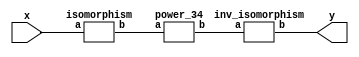
`timescale 1ns/100ps
module SMSS32_34_nn_17_2(x,y);
	 input [5:0] x;
	 output [5:0] y;
	 wire [5:0] w;
	 wire [5:0] p;
	 isomorphism C2 (x,w);
	 power_34 C3 (w,p);
	 inv_isomorphism C4 (p,y);
endmodule

module add_base(a,b,c);
	 input [2:0] a;
	 input [2:0] b;
	 output [2:0] c;
	 assign c[0]=a[0]^b[0];
	 assign c[1]=a[1]^b[1];
	 assign c[2]=a[2]^b[2];
endmodule

module six_base(a,b);
	 input [2:0] a;
	 output [2:0] b;
	 assign b[0]=a[0]^a[2]^(a[1]&a[2]);
	 assign b[1]=a[0]^a[1]^(a[0]&a[2]);
	 assign b[2]=a[1]^a[2]^(a[0]&a[1]);
endmodule

module power_34(a,b);
	 input [5:0] a;
	 output [5:0] b;
	 wire [2:0] x_0;
	 wire [2:0] x_1;
	 wire [2:0] x_2;
	 wire [2:0] x_3;
	 wire [2:0] x_4;
	 wire [2:0] x_5;
	 wire [2:0] y_0;
	 wire [2:0] y_1;
	 assign x_0[0]=a[0];
	 assign x_0[1]=a[1];
	 assign x_0[2]=a[2];
	 assign x_1[0]=a[3];
	 assign x_1[1]=a[4];
	 assign x_1[2]=a[5];
	 add_base A1 (x_0,x_1,x_2);
	 six_base A2 (x_2,x_3);
	 six_base  A3 (x_0,x_4);
	 six_base A4 (x_1,x_5);
	 add_base A5 (x_5,x_3,y_0);
	 add_base A6 (x_4,x_3,y_1);
	 assign b[0]=y_0[0];
	 assign b[1]=y_0[1];
	 assign b[2]=y_0[2];
	 assign b[3]=y_1[0];
	 assign b[4]=y_1[1];
	 assign b[5]=y_1[2];
endmodule

module inv_isomorphism(a,b);
	 input [5:0] a;
	 output [5:0] b;
	 assign b[0]=a[3];
	 assign b[1]=a[2]^a[4]^a[5];
	 assign b[2]=a[5];
	 assign b[3]=a[1]^a[3];
	 assign b[4]=a[1]^a[3]^a[4]^a[5];
	 assign b[5]=a[0]^a[3]^a[5];
endmodule

module isomorphism(a,b);
	 input [5:0] a;
	 output [5:0] b;
	 assign b[0]=a[1]^a[2]^a[5];
	 assign b[1]=a[5];
	 assign b[2]=a[4]^a[5];
	 assign b[3]=a[0]^a[3];
	 assign b[4]=a[2]^a[4]^a[5];
	 assign b[5]=a[0]^a[1];
endmodule